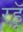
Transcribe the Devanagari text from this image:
रहॅू